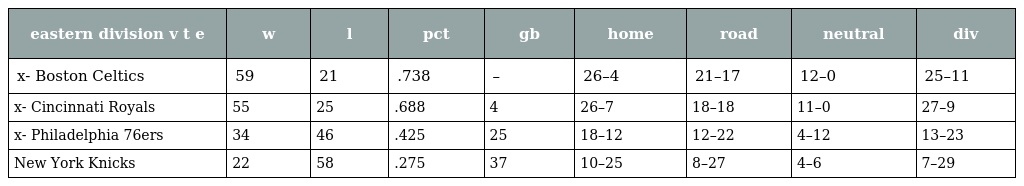
| eastern division v t e | w | l | pct | gb | home | road | neutral | div |
 | --- | --- | --- | --- | --- | --- | --- | --- | --- |
 | x- Boston Celtics | 59 | 21 | .738 | – | 26–4 | 21–17 | 12–0 | 25–11 |
 | x- Cincinnati Royals | 55 | 25 | .688 | 4 | 26–7 | 18–18 | 11–0 | 27–9 |
 | x- Philadelphia 76ers | 34 | 46 | .425 | 25 | 18–12 | 12–22 | 4–12 | 13–23 |
 | New York Knicks | 22 | 58 | .275 | 37 | 10–25 | 8–27 | 4–6 | 7–29 |